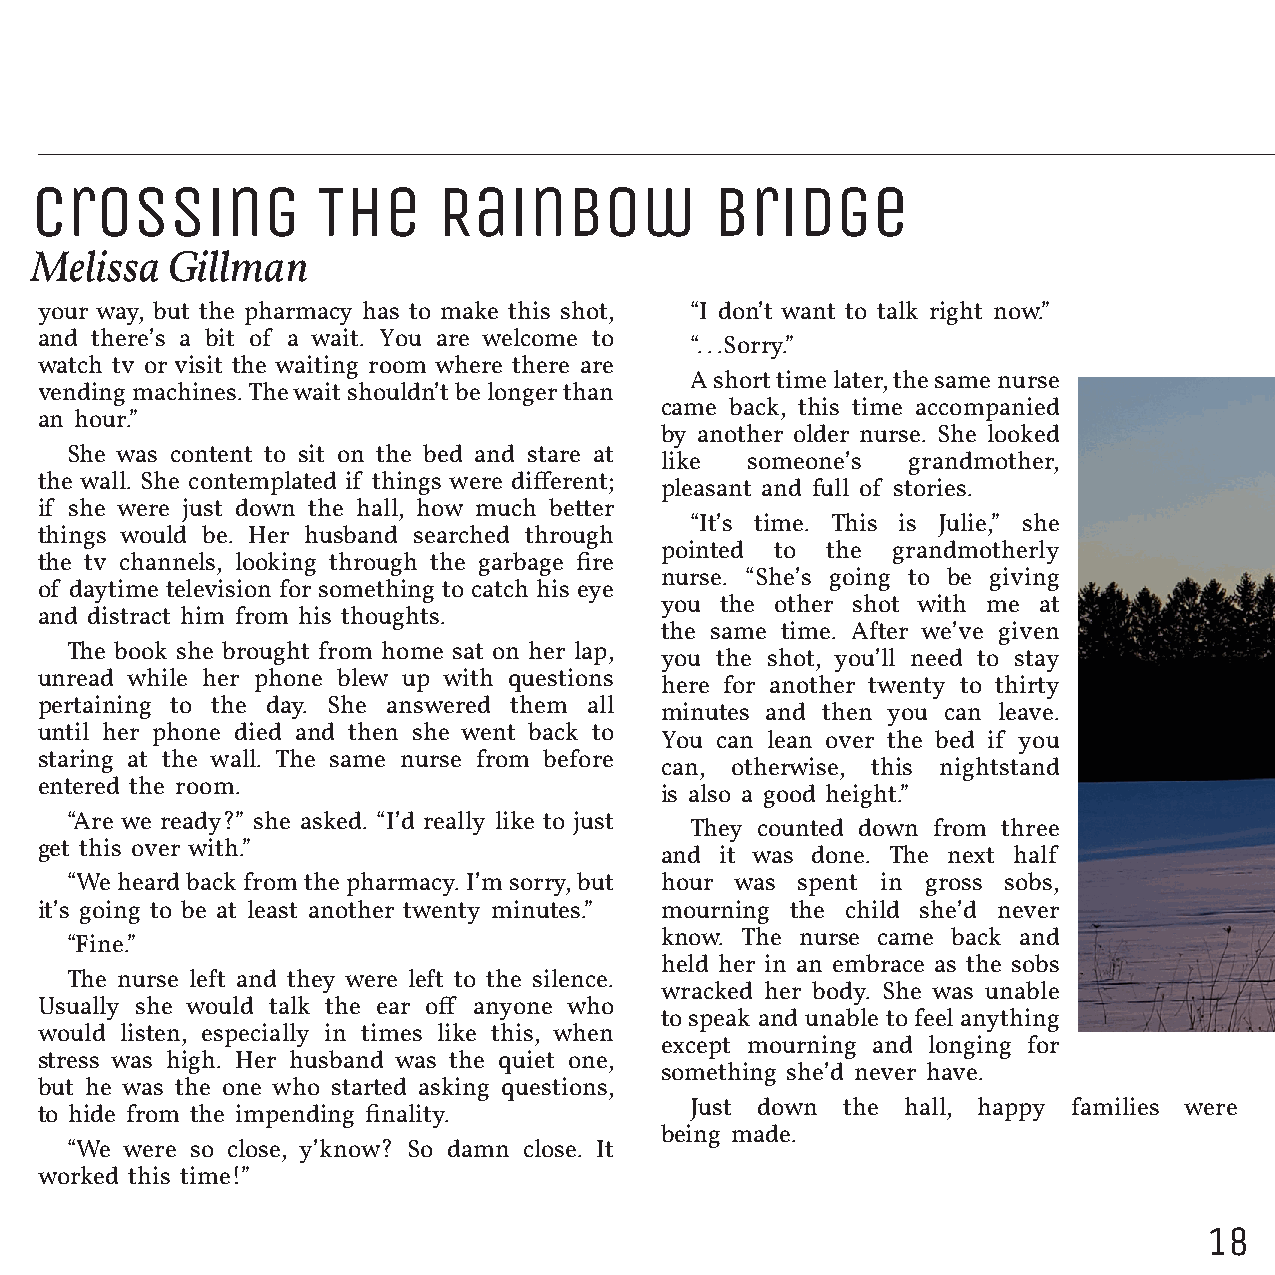
Crossing           The     Rainbow           Bridge
 Melissa  Gillman
 your way, but the pharmacy has to make this shot, “I don’t want to talk right now.”
 and there’s a bit of a wait. You are welcome to
 “...Sorry.”
 watch tv or visit the waiting room where there are
 A short time later, the same nurse
 vending machines. The wait shouldn’t be longer than
 came back, this time accompanied
 an hour.”
 by another older nurse. She looked
 She was content to sit on the bed and stare at
 like someone’s  grandmother,
 the wall. She contemplated if things were different;
 pleasant and full of stories.
 if she were just down the hall, how much better
 “It’s time. This is Julie,” she
 things would be. Her husband searched through
 pointed to the grandmotherly
 the tv channels, looking through the garbage fire
 nurse. “She’s going to be giving
 of daytime television for something to catch his eye
 you the other shot with me at
 and distract him from his thoughts.
 the same time. After we’ve given
 The book she brought from home sat on her lap,
 you the shot, you’ll need to stay
 unread while her phone blew up with questions
 here for another twenty to thirty
 pertaining to the day. She answered them all
 minutes and then you can leave.
 until her phone died and then she went back to
 You can lean over the bed if you
 staring at the wall. The same nurse from before
 can, otherwise, this nightstand
 entered the room.
 is also a good height.”
 “Are we ready?” she asked. “I’d really like to just
 They counted down from three
 get this over with.”
 and it was done. The next half
 “We heard back from the pharmacy. I’m sorry, but hour was spent in gross sobs,
 it’s going to be at least another twenty minutes.” mourning the child she’d never
 know. The nurse came back and
 “Fine.”
 held her in an embrace as the sobs
 The nurse left and they were left to the silence.
 wracked her body. She was unable
 Usually she would talk the ear off anyone who
 to speak and unable to feel anything
 would listen, especially in times like this, when
 except mourning and longing for
 stress was high. Her husband was the quiet one,
 something she’d never have.
 but he was the one who started asking questions,
 Just down the hall, happy families were
 to hide from the impending finality.
 being made.
 “We were so close, y’know? So damn close. It
 worked this time!”
 18